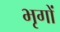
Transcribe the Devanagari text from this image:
भृगों